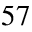
^ { 5 7 }